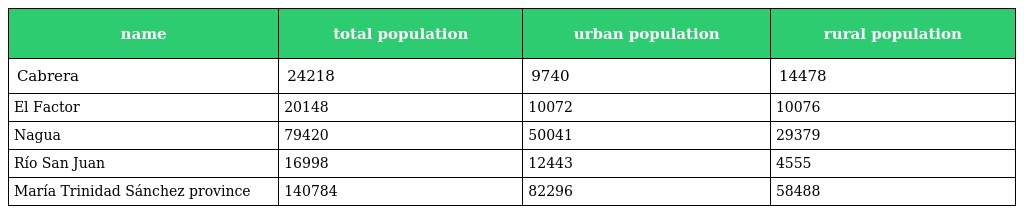
| name | total population | urban population | rural population |
 | --- | --- | --- | --- |
 | Cabrera | 24218 | 9740 | 14478 |
 | El Factor | 20148 | 10072 | 10076 |
 | Nagua | 79420 | 50041 | 29379 |
 | Río San Juan | 16998 | 12443 | 4555 |
 | María Trinidad Sánchez province | 140784 | 82296 | 58488 |